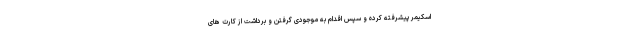
اسکیمر پیشرفته کرده و سپس اقدام به موجودی گرفتن و برداشت از کارت های